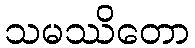
သမဿိတော